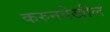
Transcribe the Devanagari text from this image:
करुनदेखील